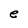
Character: e